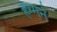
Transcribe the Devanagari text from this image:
हेग्गर्ने